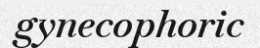
gynecophoric